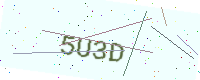
Text: 5U3D